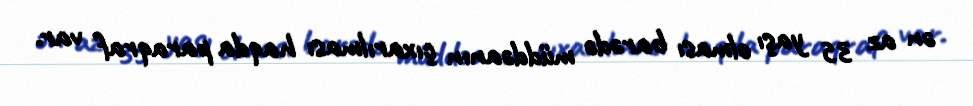
ən az 35 yaşı olması barədə müddəanın çıxarılması haqda paraqraf var.